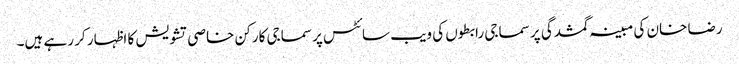
رضا خان کی مبینہ گمشدگی پر سماجی رابطوں کی ویب سائٹس پر سماجی کارکن خاصی تشویش کا اظہار کر رہے ہیں۔